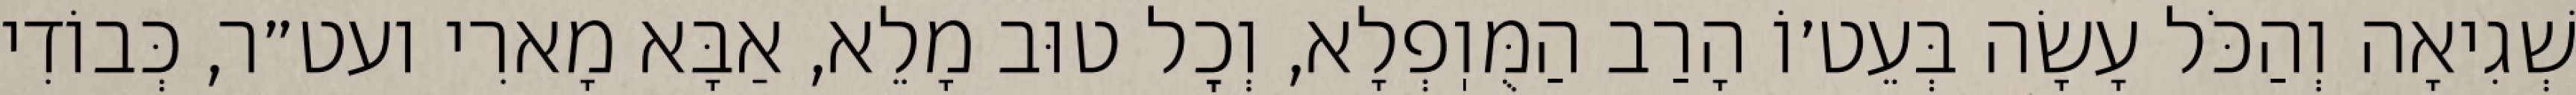
שְׁגִיאָה וְהַכֹּל עָשָׂה בְּעֵט׳וֹ הָרַב הַמֻּוֽפְלָא, וְכׇל טוּב מָלֵא, אַבָּא מָארִי ועט״ר, כְּבוֹדִי